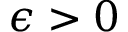
\epsilon > 0